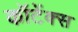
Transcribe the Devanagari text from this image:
कॉटेंक्स